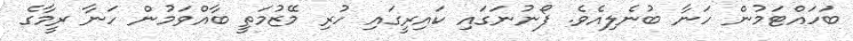
ބަހައްޓަމުން ހަނާ ބުނެލިއެވެ. ފޯނުނަގައި ކައިރީގައި ހުރި މޭޒުމަތީ ބާއްވަމުން ހަނާ ރީމާގެ